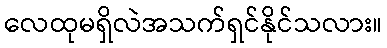
လေထုမရှိလဲအသက်ရှင်နိုင်သလား။